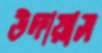
উদায়াস